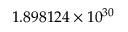
1 . 8 9 8 1 2 4 \times 1 0 ^ { 3 0 }